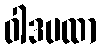
ဝါဒပထာ